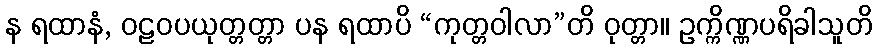
န ရထာနံ, ဝဠဝပယုတ္တတ္တာ ပန ရထာပိ “ကုတ္တဝါလာ”တိ ဝုတ္တာ။ ဥက္ကိဏ္ဏပရိခါသူတိ